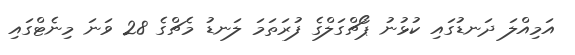
އަމިއްލަ ދަނޑުގައި ކުޅުނު ޕޯޗްގަލްގެ ފުރަތަމަ ލަނޑު މެޗްގެ 28 ވަނަ މިނެޓްގައި